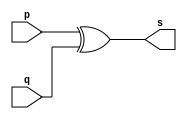
// ---------------------
// Exemplo0005 - xor
// Nome: xxx yyy zzz
// ---------------------
// ---------------------
// -- xor gate
// ---------------------
module xorgate (output [0:3] s,
                         input  [0:3] p,
                         input  [0:3] q);
assign s = p ^ q;
endmodule // xor
// ---------------------
// -- test xorgate
// ---------------------
module testxorgate;
// ------------------------- dados locais
   reg  [0:3] a,b; // definir registrador
wire [0:3] s;   // definir conexao (fio)
// ------------------------- instancia
   xorgate XOR1 (s, a, b);// ------------------------- preparacao
   initial begin:start
a=4'b0011;   // 4 valores binarios
            b=4'b0101;   // 4 valores binarios
   end
// ------------------------- parte principal
   initial begin:main
         $display("Exemplo0005 - xxx yyy zzz - 999999");
         $display("Test xor gate");
$display("\n  a     ^    b    =     s\n");
         $monitor("%b ^ %b = %b", a, b, s);
  #1     a=0; b=0; // valores decimais
  #1     a=4'b0010; b=4'b0001; // valores binarios
  #1     a=4'd1;       b=3; // decimal e decimal
  #1     a=4'o5;       b=2; // octal   e decimal
  #1     a=4'hA;       b=3; // hexadecimal e decimal
  #1     a=4'h9;       b=4'o3; // hexadecimal e octal
end
endmodule // testxorgate